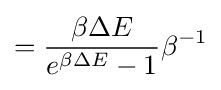
={\frac {\beta \Delta E}{e^{\beta \Delta E}-1}}\beta ^{-1}